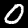
Digit: 0